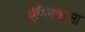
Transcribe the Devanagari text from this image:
एंग्लिकाना